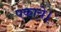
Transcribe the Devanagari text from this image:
पकाये।